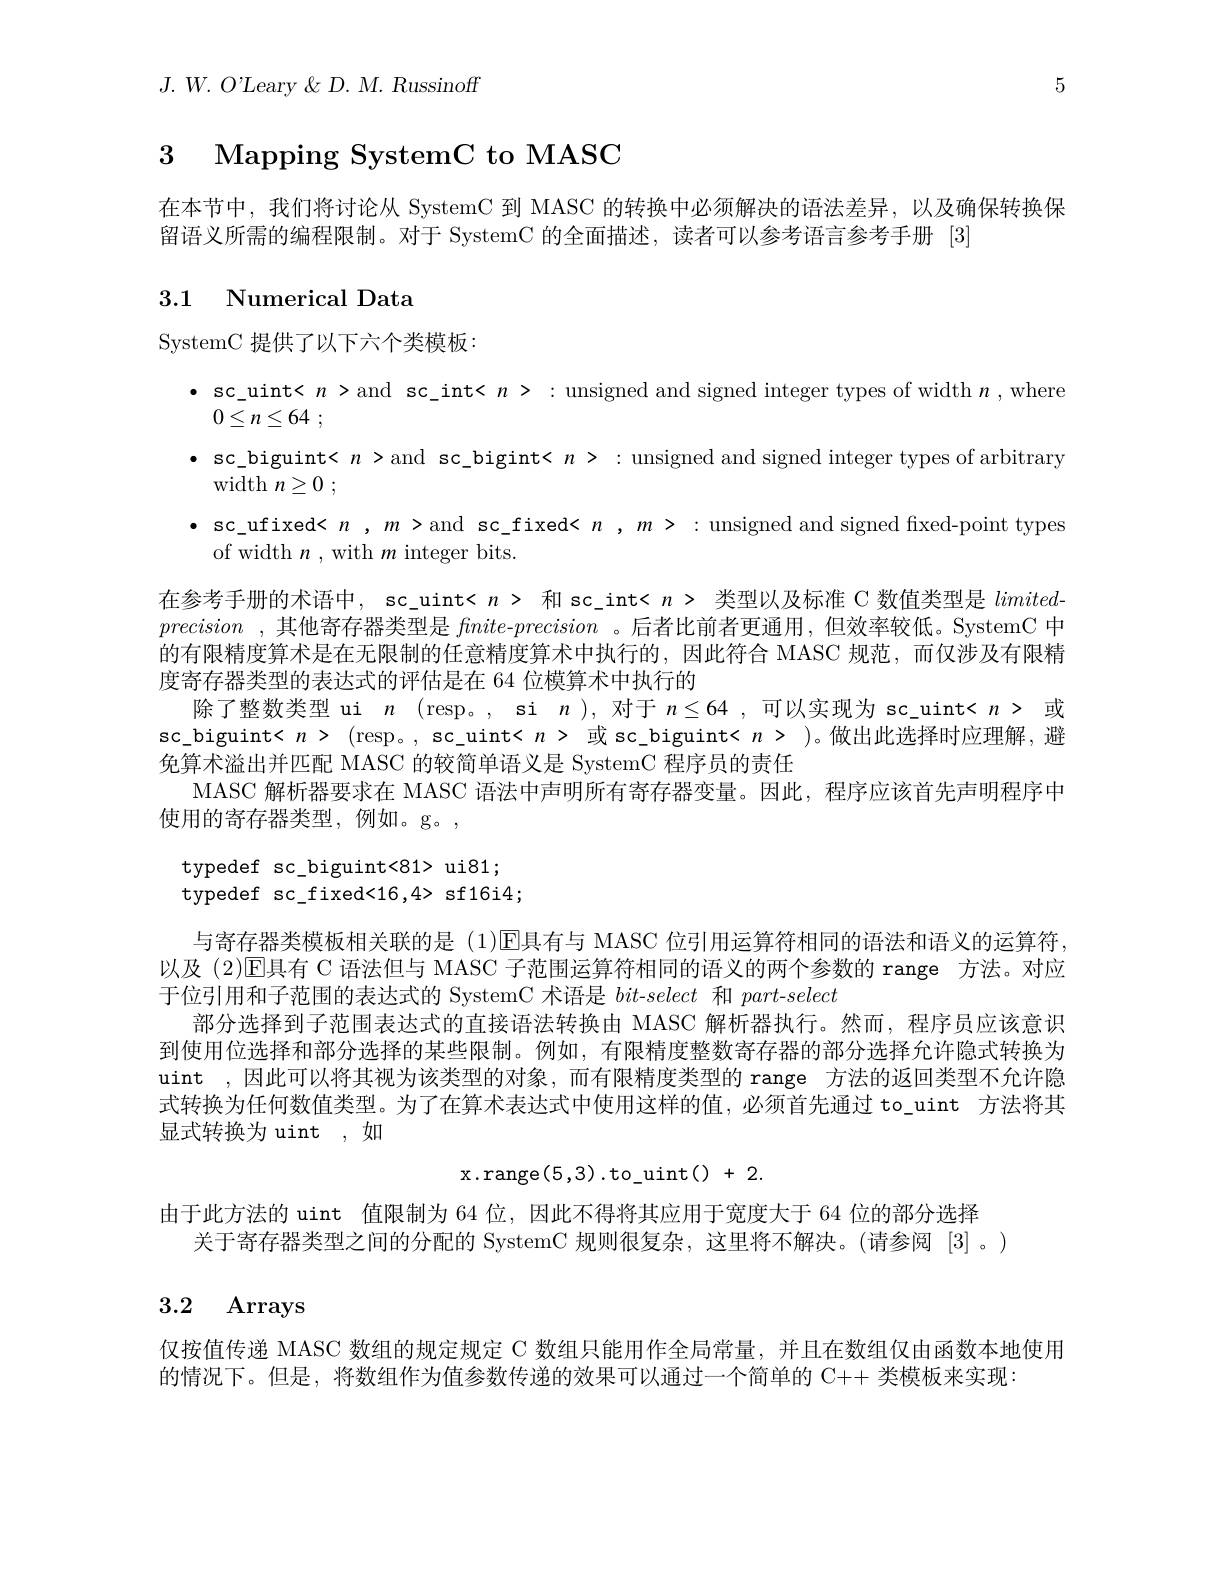
$J.$ $W.$ $O$'Leary $\&$ $D.$ $M.$ Russinoff

5

# 3 Mapping SystemC to MASC

在本节中，我们将讨论从 SystemC 到 MASC 的转换中必须解决的语法差异，以及确保转换保
留语义所需的编程限制。对于 SystemC 的全面描述，读者可以参考语言参考手册 [3]

# 3.1 Numerical Data

SystemC 提供了以下六个类模板：

$\bullet$ sc\_uint< $n>$and sc\_int< $n>:$ unsigned and signed integer types of width $n$,where
$0\leq n\leq 64$ ;
· sc\_biguint< $n>$and sc\_bigint< $n>:$ unsigned and signed integer types of arbitrary
width $n\geq 0$ ;
$\bullet$ sc\_ufixed< $n,m>$and sc\_fixed< $n,m>:$ unsigned and signed fixed-point types
of width $n$ , with $m$ integer bits.
在参考手册的术语中，sc\_uint< $n>$和 sc\_int< $n>$类型以及标准 C 数值类型是limitedprecision ,其他寄存器类型是 $finite- precision$ 。后者比前者更通用，但效率较低。SystemC 中的有限精度算术是在无限制的任意精度算术中执行的，因此符合 MASC 规范，而仅涉及有限精度寄存器类型的表达式的评估是在 64 位模算术中执行的
除了整数类型 ui $n$ (resp。, si $n)$,对于$n\leq64$,可以实现为 sc\_uint< $n>$或sc\_biguint< $n>$ (resp。, sc\_uint< $n>$ 或 sc\_biguint< $n>$ )。做出此选择时应理解，避免算术溢出并匹配 MASC 的较简单语义是 SystemC 程序员的责任
MASC 解析器要求在 MASC 语法中声明所有寄存器变量。因此，程序应该首先声明程序中
使用的寄存器类型，例如。g。,
typedef sc\_biguint<81> ui81;
typedef sc\_fixed<16,4> sf16i4;
与寄存器类模板相关联的是 (1)$\operatorname{E}$具有与 MASC 位引用运算符相同的语法和语义的运算符以及 (2)$\mathbb{E}$具有 C 语法但与 MASC 子范围运算符相同的语义的两个参数的 range 方法。对应于位引用和子范围的表达式的 SystemC 术语是bit-select和part-select
部分选择到子范围表达式的直接语法转换由 MASC 解析器执行。然而，程序员应该意识到使用位选择和部分选择的某些限制。例如，有限精度整数寄存器的部分选择允许隐式转换为uint ,因此可以将其视为该类型的对象，而有限精度类型的 range 方法的返回类型不允许隐式转换为任何数值类型。为了在算术表达式中使用这样的值，必须首先通过 to\_uint 方法将其显式转换为 uint , 如
$$\mathrm{x.range(5,3).to_uint()~+~2.}$$
由于此方法的 uint 值限制为 64 位，因此不得将其应用于宽度大于 64 位的部分选择
关于寄存器类型之间的分配的 SystemC 规则很复杂，这里将不解决。(请参阅 [3] 。)
3.2 Arrays
仅按值传递 MASC 数组的规定规定 C 数组只能用作全局常量，并且在数组仅由函数本地使用
的情况下。但是，将数组作为值参数传递的效果可以通过一个简单的 C++ 类模板来实现：